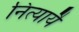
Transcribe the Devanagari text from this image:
नित्यायै